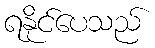
ရနိုင်ပေသည်